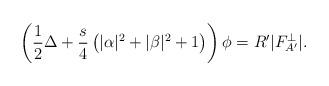
LaTeX: \begin{align*}\left( \frac{1}{2} \Delta + \frac{s}{4} \left( |\alpha|^2 + |\beta|^2 + 1 \right) \right) \phi = R' |F_{A'}^{\perp} |. \end{align*}